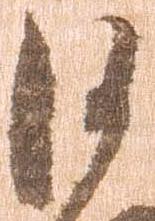
沙